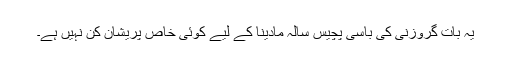
یہ بات گروزنی کی باسی پچیس سالہ مادینا کے لیے کوئی خاص پریشان کن نہیں ہے۔